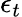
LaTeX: \epsilon_{t}